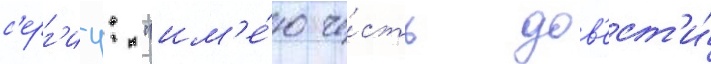
с'ерг'иу: "им'е́ю че́сть дов'ест'и́